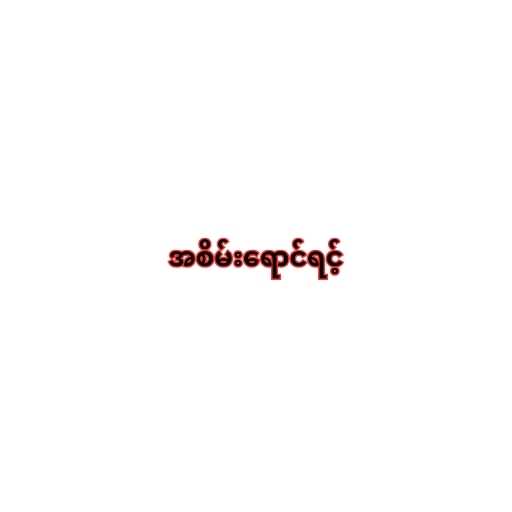
အစိမ်းရောင်ရင့်